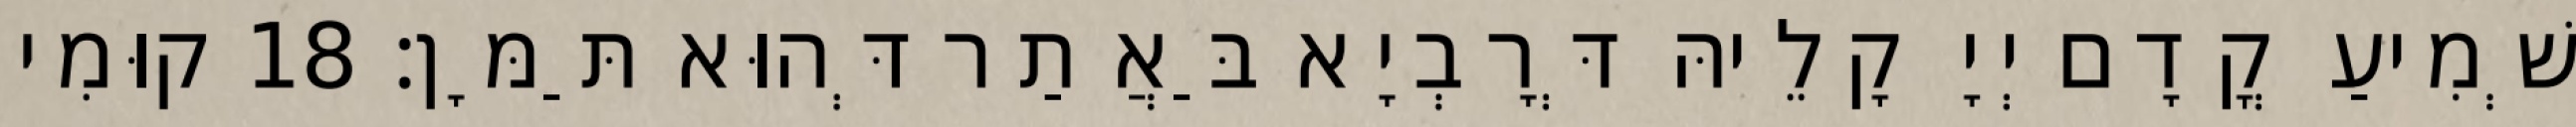
שְׁמִיעַ קֳדָם יְיָ קָלֵיהּ דְּרָבְיָא בַּאֲתַר דְּהוּא תַּמָּן׃ 18 קוּמִי